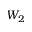
W _ { 2 }